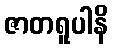
ဇာတရူပါနိ